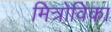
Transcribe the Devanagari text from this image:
मित्रोविका